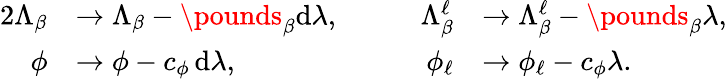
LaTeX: \begin{array}{rlrl}{{2}\Lambda_{\beta}}&{\to\Lambda_{\beta}-\pounds_{\beta}\mathrm{d}\lambda,\qquad}&{\Lambda_{\beta}^{\ell}}&{\to\Lambda_{\beta}^{\ell}-\pounds_{\beta}\lambda,}\\ {\phi}&{\to\phi-c_{\phi}\, \mathrm{d}\lambda,\qquad}&{\phi_{\ell}}&{\to\phi_{\ell}-c_{\phi}\lambda.}\end{array}